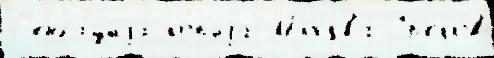
С'енса́циjа ко́п'иjа Москва́ Гр'е́ков